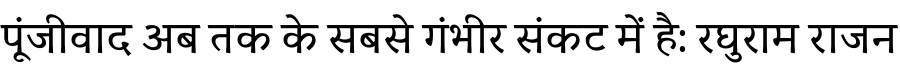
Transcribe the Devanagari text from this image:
पूंजीवाद अब तक के सबसे गंभीर संकट में है: रघुराम राजन